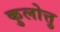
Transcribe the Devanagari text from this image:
कुलोत्तु